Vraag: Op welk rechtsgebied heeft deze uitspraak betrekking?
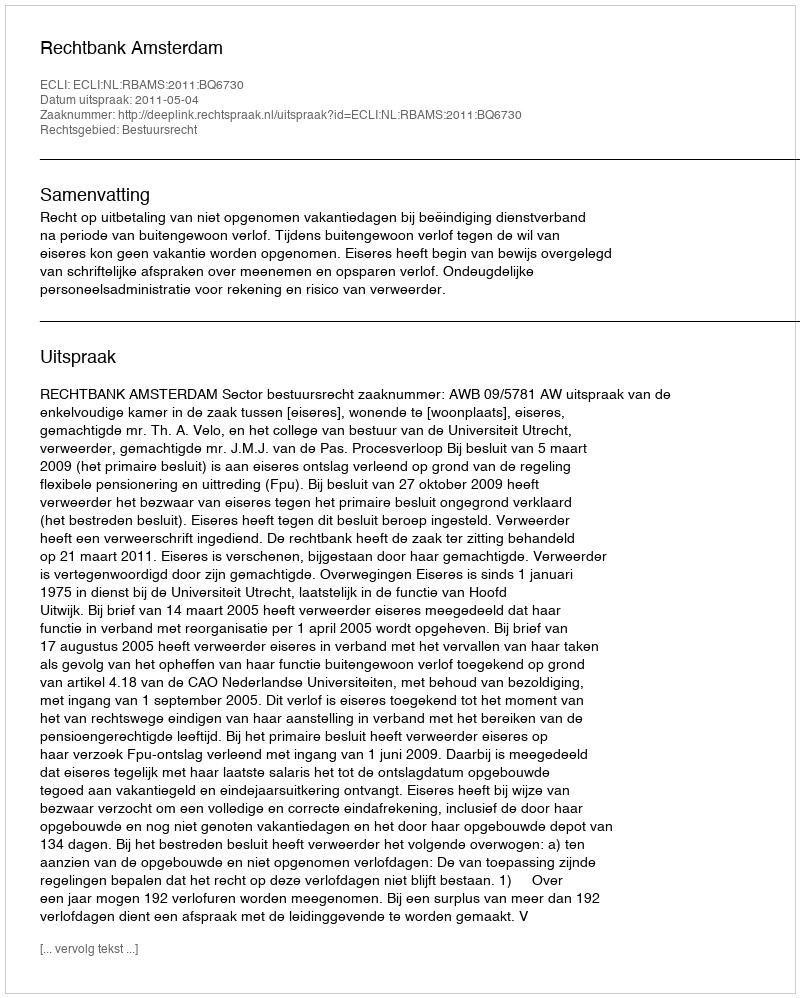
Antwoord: Bestuursrecht